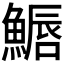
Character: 𩺦